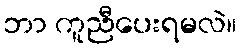
ဘာ ကူညီပေးရမလဲ။